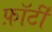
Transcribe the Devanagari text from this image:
फ़ॉर्टी